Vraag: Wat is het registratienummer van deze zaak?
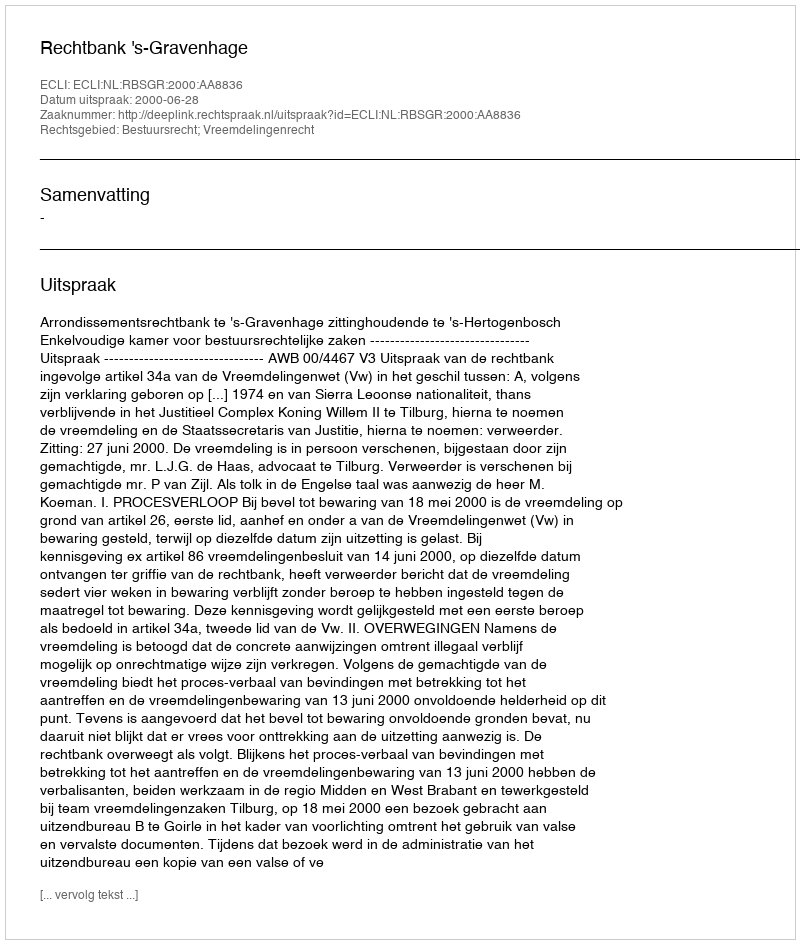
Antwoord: http://deeplink.rechtspraak.nl/uitspraak?id=ECLI:NL:RBSGR:2000:AA8836